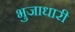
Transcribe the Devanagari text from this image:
भुजाधारी